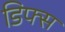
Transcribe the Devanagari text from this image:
डिफ्स